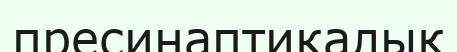
пресинаптикалық